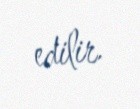
edilir.